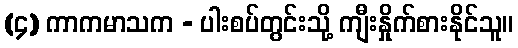
(၄) ကာကမာသက - ပါးစပ်တွင်းသို့ ကျီးနှိုက်စားနိုင်သူ။